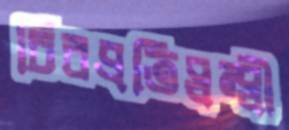
চিরপ্রতিদ্বন্দ্বী